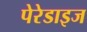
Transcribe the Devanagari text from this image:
पेरेडाइज